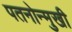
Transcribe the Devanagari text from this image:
पतनोन्मुखी